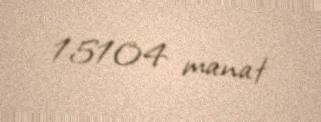
15104 manat